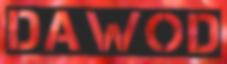
DAWOD